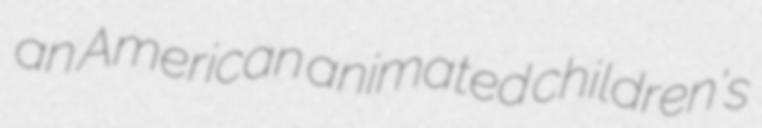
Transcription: an American animated children's